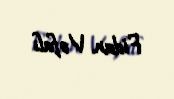
Fidan Vəfalı